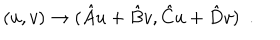
( u , v ) \rightarrow ( { { \hat { A } u + \hat { B } v } , { \hat { C } u + \hat { D } v } } ) \, \, \, .